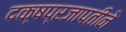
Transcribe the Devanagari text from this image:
दक्षप्रजापतीने